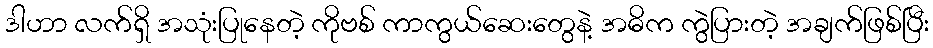
ဒါဟာ လက်ရှိ အသုံးပြုနေတဲ့ ကိုဗစ် ကာကွယ်ဆေးတွေနဲ့ အဓိက ကွဲပြားတဲ့ အချက်ဖြစ်ပြီး